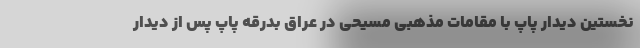
نخستين ديدار پاپ با مقامات مذهبى مسيحى در عراق بدرقه پاپ پس از دیدار